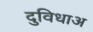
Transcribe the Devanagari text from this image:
दुविधाअ